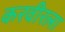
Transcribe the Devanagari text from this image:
करवीरला